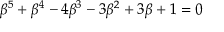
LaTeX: \beta ^ { 5 } + \beta ^ { 4 } - 4 \beta ^ { 3 } - 3 \beta ^ { 2 } + 3 \beta + 1 = 0